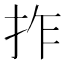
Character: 拃